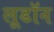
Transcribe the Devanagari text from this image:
लूडॉन